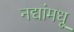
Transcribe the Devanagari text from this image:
नद्यांमधू